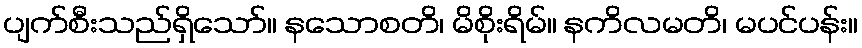
ပျက်စီးသည်ရှိသော်။ နသောစတိ၊ မိစိုးရိမ်။ နကိလမတိ၊ မပင်ပန်း။